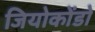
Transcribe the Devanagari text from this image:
जियोकोंडो